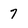
Character: 7